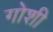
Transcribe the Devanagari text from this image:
गोशी